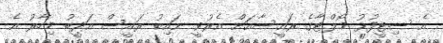
އެ ސިޓީފުޅު މޯލްޓާގެ ރައީސާއަށް އެރުވީ ނައިބު ރައީސް އަދީބު މިހާރު އެ